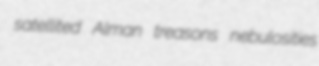
satellited Alman treasons nebulosities